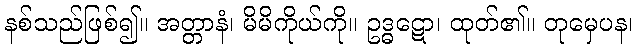
နစ်သည်ဖြစ်၍။ အတ္တာနံ၊ မိမိကိုယ်ကို။ ဥဒ္ဓဋော၊ ထုတ်၏။ တုမှေပန၊